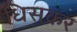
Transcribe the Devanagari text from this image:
धिसकर